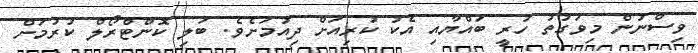
ވިސްނުން މިވަގުތު ހުރީ ބައްޔާއި އެކު ކުރިއަށް ދިއުމަށެވެ. ބަލި ކޮންޓްރޯލް ކުރުމަށް